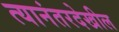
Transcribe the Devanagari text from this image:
त्यानंतरदेखील